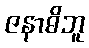
ဇနာဓိဘူ